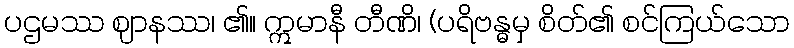
ပဌမဿ ဈာနဿ၊ ၏။ ဣမာနီ တီဏိ၊ (ပရိဗန္ဓမှ စိတ်၏ စင်ကြယ်သော